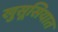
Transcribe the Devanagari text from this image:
खुसूसियात